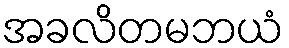
အခလိတမဘယံ